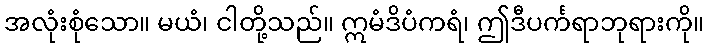
အလုံးစုံသော။ မယံ၊ ငါတို့သည်။ ဣမံဒိပံကရံ၊ ဤဒီပင်္ကရာဘုရားကို။